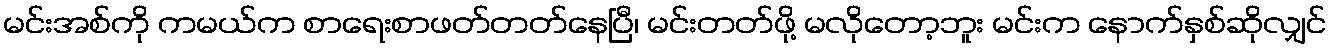
မင်းအစ်ကို ကမယ်က စာရေးစာဖတ်တတ်နေပြီ၊ မင်းတတ်ဖို့ မလိုတော့ဘူး မင်းက နောက်နှစ်ဆိုလျှင်